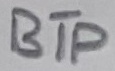
Text: BTP